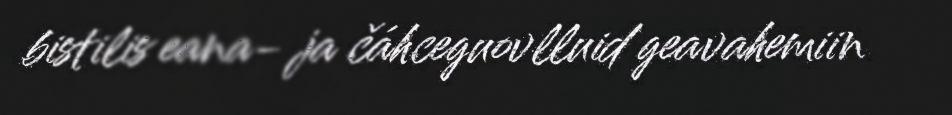
bistilis eana- ja čáhceguovlluid geavahemiin